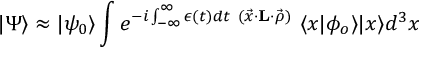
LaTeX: | \Psi \rangle \approx | \psi _ { 0 } \rangle \int e ^ { - i \int _ { - \infty } ^ { \infty } \epsilon ( t ) d t { } ~ ( \vec { x } \cdot { \bf L } \cdot \vec { \rho } ) } ~ \langle x | \phi _ { o } \rangle | x \rangle d ^ { 3 } x